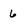
Character: 6